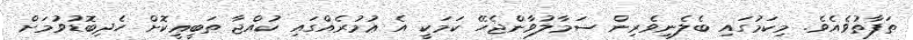
ތަފާތުވެއެވެ. މިކަމުގައި ބެލެނިވެރިން ސަމާލުވާންޖެހޭ ކަމަކީ އެ ޢުމުރެއްގައި ކުއްޖާ ޠަބީޢީކޮށް ހެދިބޮޑުވުމަށް